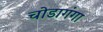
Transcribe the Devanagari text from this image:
चोडागंगा